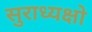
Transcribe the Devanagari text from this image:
सुराध्यक्षो